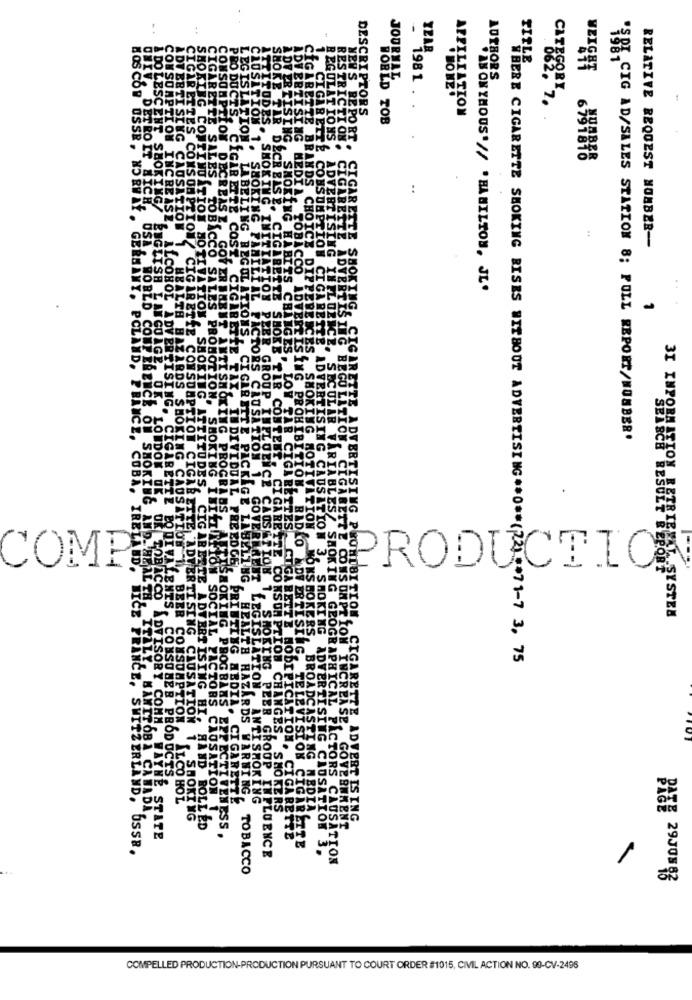
YEAR
TITLE_
JOURNAL
1981
AUTHORS
AFFILIATION
NEW'S REPOS
DESCRIPTORS
WORLD TOB
inan
6154858
:
RELATIVE REQUEST NUMBER --
"ANONYMOUS .// .HAMILTON, JE.
CI
NEOON
SOT CIG AD/SALES STATION 8; PULL REPORT/NUMBER'
P
COMP
PRODUCTIO
3I IMPORALETOHLEETRIBEKY -SYSTEM
on
WHERE CIGARETTE SMOKING BISES WITHOUT ADVERTISING ** 0 ** (22) ** 71-7 3, 75
NGES.
EPPEC
TION.
LEVISION
PRODUCTS.
ALCO HOL
CAUSATION
CARDS WARNING
ANTISMOKING
OBA CANADA
CIGARETTE
SMOKERS
CASTING MEDIA
SMOKING
E.ADVERT IS ING
HAND BOLLED
CTIVENESS .
GOVERNMENT
WAYNE STATE
CIGARETTE
SWITZERLAND, USSR.
PEER GROUP INFLUENCE
CIGARETTE
ISING CAUSATION 3.
CAL PACTORS CAUSATION
TOBACCO
PACE 29308 83
COMPELLED PRODUCTION-PRODUCTION PURSUANT TO COURT ORDER #1015, CIVIL ACTION NO. 90-CV-2496